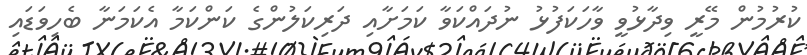
ކުރުމުން މޭރީ ވިދާޅުވީ ވާހަކަފުޅު ނުދައްކަވާ ކަމަށާއި ދަރިކަލުންގެ ކަންކަމާ އެކަމަނާ ބެހިވަޑައި